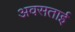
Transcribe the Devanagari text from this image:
अवसताई